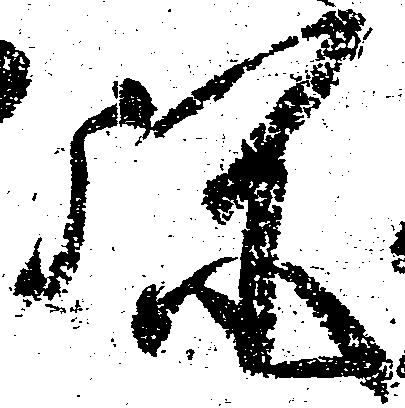
弥